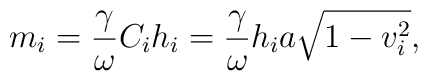
m_i=\frac\gamma\omega C_ih_i=\frac\gamma\omega h_ia\sqrt{1-v_i^2},